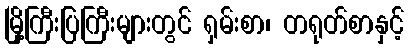
မြို့ကြီးပြကြီးများတွင် ရှမ်းစာ၊ တရုတ်စာနှင့်